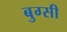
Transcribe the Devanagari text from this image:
बुग्‍सी